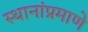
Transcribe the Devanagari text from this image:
स्थानांप्रमाणे